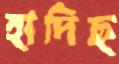
হাদিছ